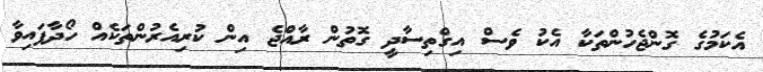
އެކަމުގެ ގޮންޖެހުންތަކާ އެކު ވެސް އިގްތިސާދީ ގޮތުން ރާއްޖެ އިން ކުރިއެރުންތަކެއް ހޯދާފައިވާ